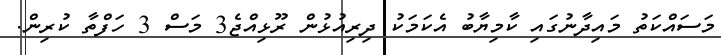
މަސައްކަތު މައިދާނުގައި ކާމިޔާބު އެކަމަކު ދިރިއުޅުން ރޫޅިއްޖެ3 މަސް 3 ހަފްތާ ކުރިން.